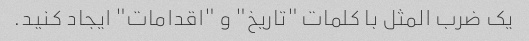
یک ضرب المثل با کلمات "تاریخ" و "اقدامات" ایجاد کنید.